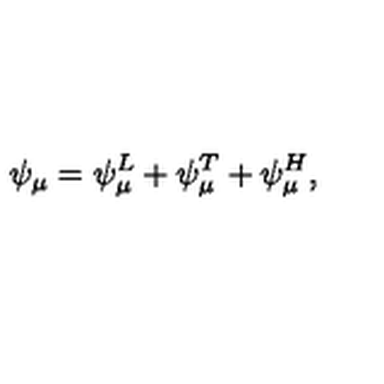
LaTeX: \psi _ { \mu } = \psi _ { \mu } ^ { L } + \psi _ { \mu } ^ { T } + \psi _ { \mu } ^ { H } ,